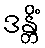
ဒန္တိံ